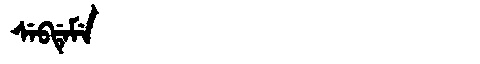
Manchu: ᠰᡝᠪᡩᡝᠮᡝ
Romanization: SEBDEME